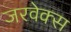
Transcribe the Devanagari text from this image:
जरवेक्स